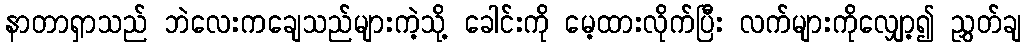
နာတာရှာသည် ဘဲလေးကချေသည်များကဲ့သို့ ခေါင်းကို မေ့ထားလိုက်ပြီး လက်များကိုလျှော့၍ ညွှတ်ချ